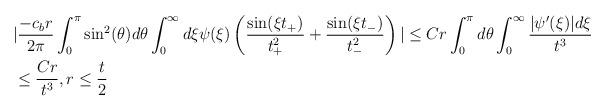
LaTeX: \begin{align*} &|\frac{-c_{b}r}{2\pi} \int_{0}^{\pi} \sin^{2}(\theta) d\theta \int_{0}^{\infty} d\xi \psi(\xi)\left(\frac{\sin(\xi t_{+})}{t_{+}^{2}} + \frac{\sin(\xi t_{-})}{t_{-}^{2}}\right)| \leq C r \int_{0}^{\pi} d\theta \int_{0}^{\infty} \frac{|\psi'(\xi)| d\xi}{t^{3}}\\&\leq \frac{C r}{t^{3}}, r \leq \frac{t}{2}\end{align*}